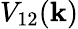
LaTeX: V_{\mathrm{12}}(\mathbf{k})